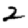
Digit: 2